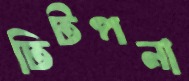
ঢিটপনা